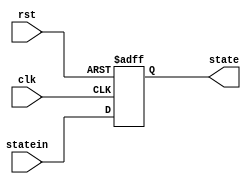
`timescale 1ns / 1ps
//////////////////////////////////////////////////////////////////////////////////
// Company: 
// Engineer: 
// 
// Design Name: 
// Module Name:    state 
// Project Name: 
// Target Devices: 
// Tool versions: 
// Description: 
//
// Dependencies: 
//
// Revision: 
// Revision 0.01 - File Created
// Additional Comments: 
//
//////////////////////////////////////////////////////////////////////////////////
module state(
input clk,
input rst,
input [4:0]statein,
output [4:0]state
    );
reg [4:0]s;
always @(posedge clk or posedge rst)begin
	if(rst==1)s<=0;
	else s<=statein;
end
assign state=s;	

endmodule